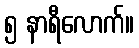
၅ နာရီလောက်။